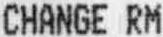
CHANGE RM